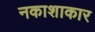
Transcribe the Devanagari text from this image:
नकाशाकार